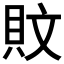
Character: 𰶹